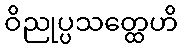
ဝိညုပ္ပသတ္ထေဟိ